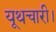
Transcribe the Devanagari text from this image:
यूथचारी।